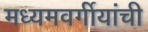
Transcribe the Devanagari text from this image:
मध्यमवर्गीयांची